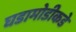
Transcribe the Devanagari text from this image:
घडामोडीकडे